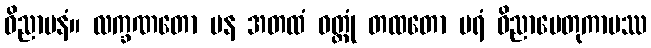
ဝိညာပနံ။ လက္ခဏတော ပန အတထံ ဝတ္ထုံ တထတော ပရံ ဝိညာပေတုကာမဿ